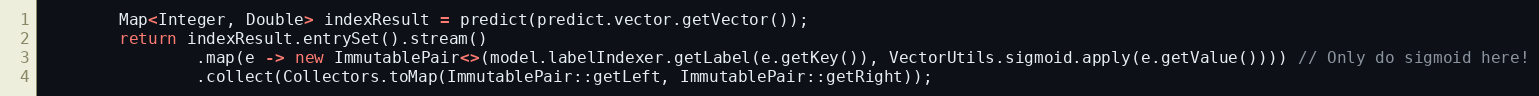
Language: Java
        Map<Integer, Double> indexResult = predict(predict.vector.getVector());
        return indexResult.entrySet().stream()
                .map(e -> new ImmutablePair<>(model.labelIndexer.getLabel(e.getKey()), VectorUtils.sigmoid.apply(e.getValue()))) // Only do sigmoid here!
                .collect(Collectors.toMap(ImmutablePair::getLeft, ImmutablePair::getRight));